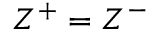
Z ^ { + } = Z ^ { - }